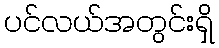
ပင်လယ်အတွင်းရှိ